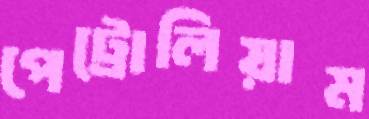
পেট্রোলিয়াম